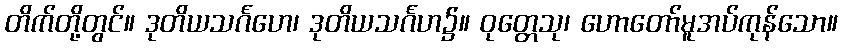
တိက်တို့တွင်။ ဒုတိယသင်္ဂဟေ၊ ဒုတိယသင်္ဂဟ၌။ ဝုတ္တေသု၊ ဟောတော်မူအပ်ကုန်သော။